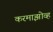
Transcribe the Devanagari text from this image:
करमाझोव्ह